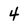
Character: 4